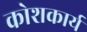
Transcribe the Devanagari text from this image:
कोशकार्य